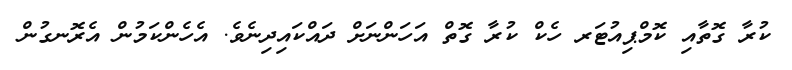
ކުރާ ގޮތާއި ކޮމްޕިއުޓަރ ހެކް ކުރާ ގޮތް އަހަންނަށް ދައްކައިދިނެވެ. އެހެންކަމުން އެރޮނގުން